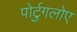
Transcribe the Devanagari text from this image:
पोर्टुगलोए